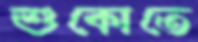
শুকোতে